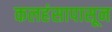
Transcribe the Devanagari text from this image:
कलहंसापासून